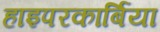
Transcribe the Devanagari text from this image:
हाइपरकार्बिया